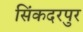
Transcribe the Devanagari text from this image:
सिंकदरपुर